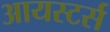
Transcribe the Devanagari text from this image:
आयस्टर्स